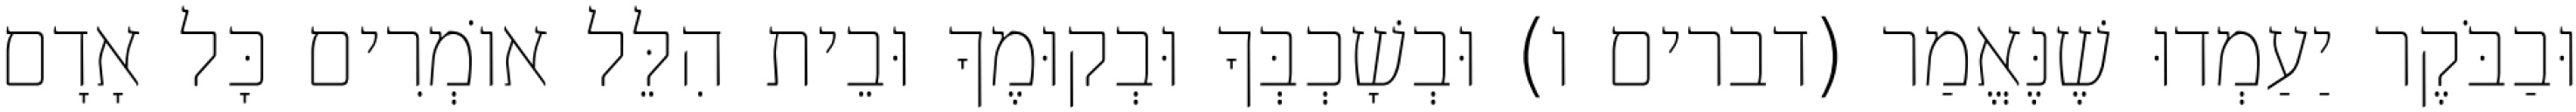
וּבַבֹּקֶר יַעַמְדוּ שֶׁנֶּאֱמַר (דברים ו) וּבְשָׁכְבְּךָ וּבְקוּמֶךָ וּבֵית הִלֵּל אוֹמְרִים כָּל אָדָם